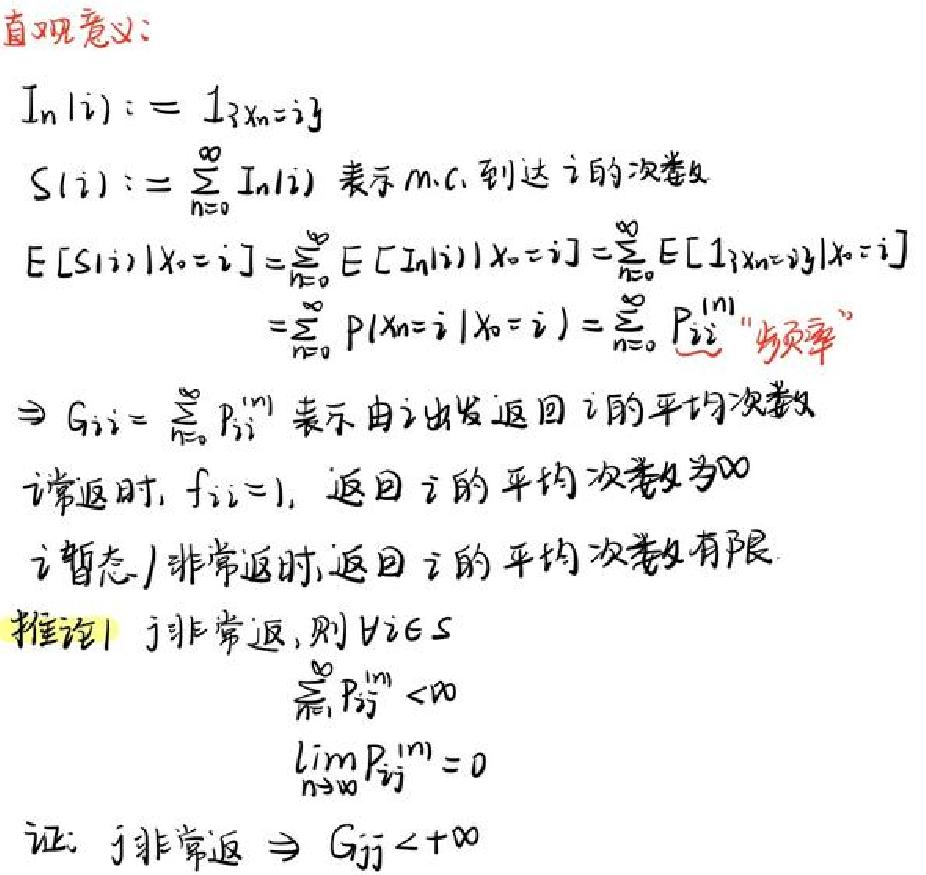
直观定义:

\(I_{n}(i):=1_{n = i}\)

\(S(i):=\sum_{n = 0}^{\infty}I_{n}(i)\)表示\(m.c.\)到达\(i\)的次数

\(E\left[S(i)\mid X_{0}=i\right]=\infty\). \(E\left[\sum_{n = 1}^{\infty}I_{n}(i)\mid X_{0}=i\right]=\infty\). \(E\left[\sum_{n = 1}^{\infty}I_{n}(i)\mid X_{0}=j\right]\)

\(=\infty\). \(P\left(X_{n}=i\mid X_{0}=i\right)=\infty\). \(P^{n}\)“通项”

\(\Rightarrow G_{ij}=\infty\). \(P_{ij}^{n}\)不由\(i\)出发返回\(j\)的平均次数为\(\infty\)

\(i\)常返时,\(f_{ii}=1\),返回\(i\)的平均次数为\(\infty\)

\(i\)暂态/非常返时,返回\(i\)的平均次数有限.

推论 \(j\)非常返,则\(\forall i\in S\)

\(\sum_{n = 1}^{\infty}P_{ij}^{n}<\infty\)

\(\lim_{n\rightarrow\infty}P_{ij}^{n}=0\)

证: \(j\)非常返\(\Rightarrow G_{ij}<+\infty\)